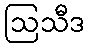
ဩသီဒ